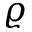
\varrho